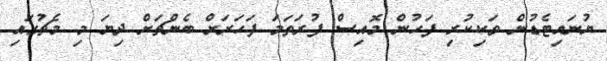
ޔުނައިޓެޑުން ވަކިކުރި ފަހުން މޮއިސް ފުރަތަމަ ފަހަރަށް ބެންޗަށް ދިޔަ މި މެޗުގައި